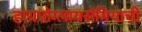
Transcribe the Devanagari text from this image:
हायपोग्लायसेमियाची